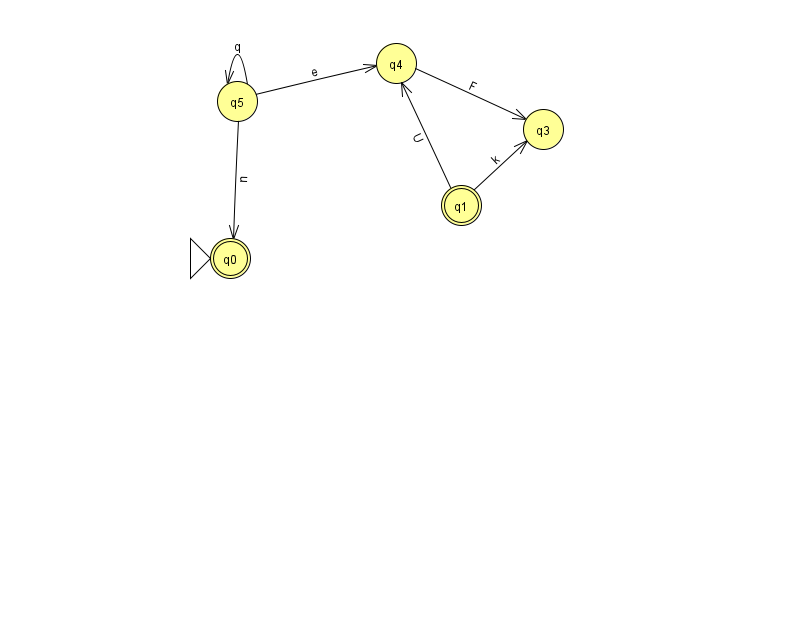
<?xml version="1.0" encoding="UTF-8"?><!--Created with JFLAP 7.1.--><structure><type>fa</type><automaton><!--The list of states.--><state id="0" name="q0"><x>230.0</x><y>245.0</y><initial/><final/></state><state id="1" name="q1"><x>461.0</x><y>192.0</y><final/></state><state id="3" name="q3"><x>543.0</x><y>116.0</y></state><state id="4" name="q4"><x>396.0</x><y>50.0</y></state><state id="5" name="q5"><x>237.0</x><y>88.0</y></state><!--The list of transitions.--><transition><from>5</from><to>4</to><read>e</read></transition><transition><from>5</from><to>5</to><read>q</read></transition><transition><from>1</from><to>3</to><read>k</read></transition><transition><from>1</from><to>4</to><read>U</read></transition><transition><from>4</from><to>3</to><read>F</read></transition><transition><from>5</from><to>0</to><read>n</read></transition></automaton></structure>